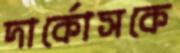
দার্কোসকে